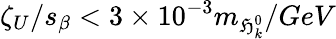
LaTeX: \zeta_{U}/s_{\beta}<3\times10^{-3}m_{\mathfrak{H}_{k}^{0}}/GeV